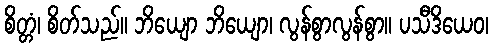
စိတ္တံ၊ စိတ်သည်။ ဘိယျော ဘိယျော၊ လွန်စွာလွန်စွာ။ ပသီဒိယေဝ၊